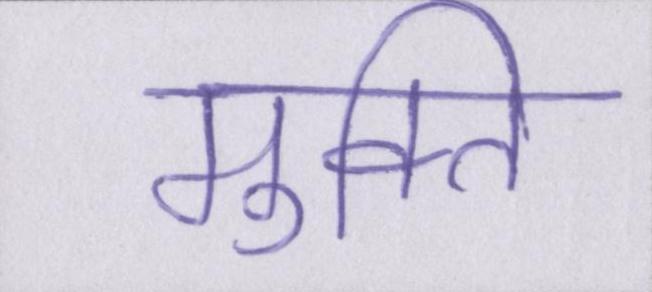
मुक्ति